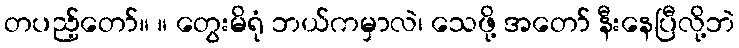
တပည့်တော်။ ။ တွေးမိရုံ ဘယ်ကမှာလဲ၊ သေဖို့ အတော် နီးနေပြီလို့ဘဲ